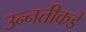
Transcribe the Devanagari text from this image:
उन्‍नतीकडे